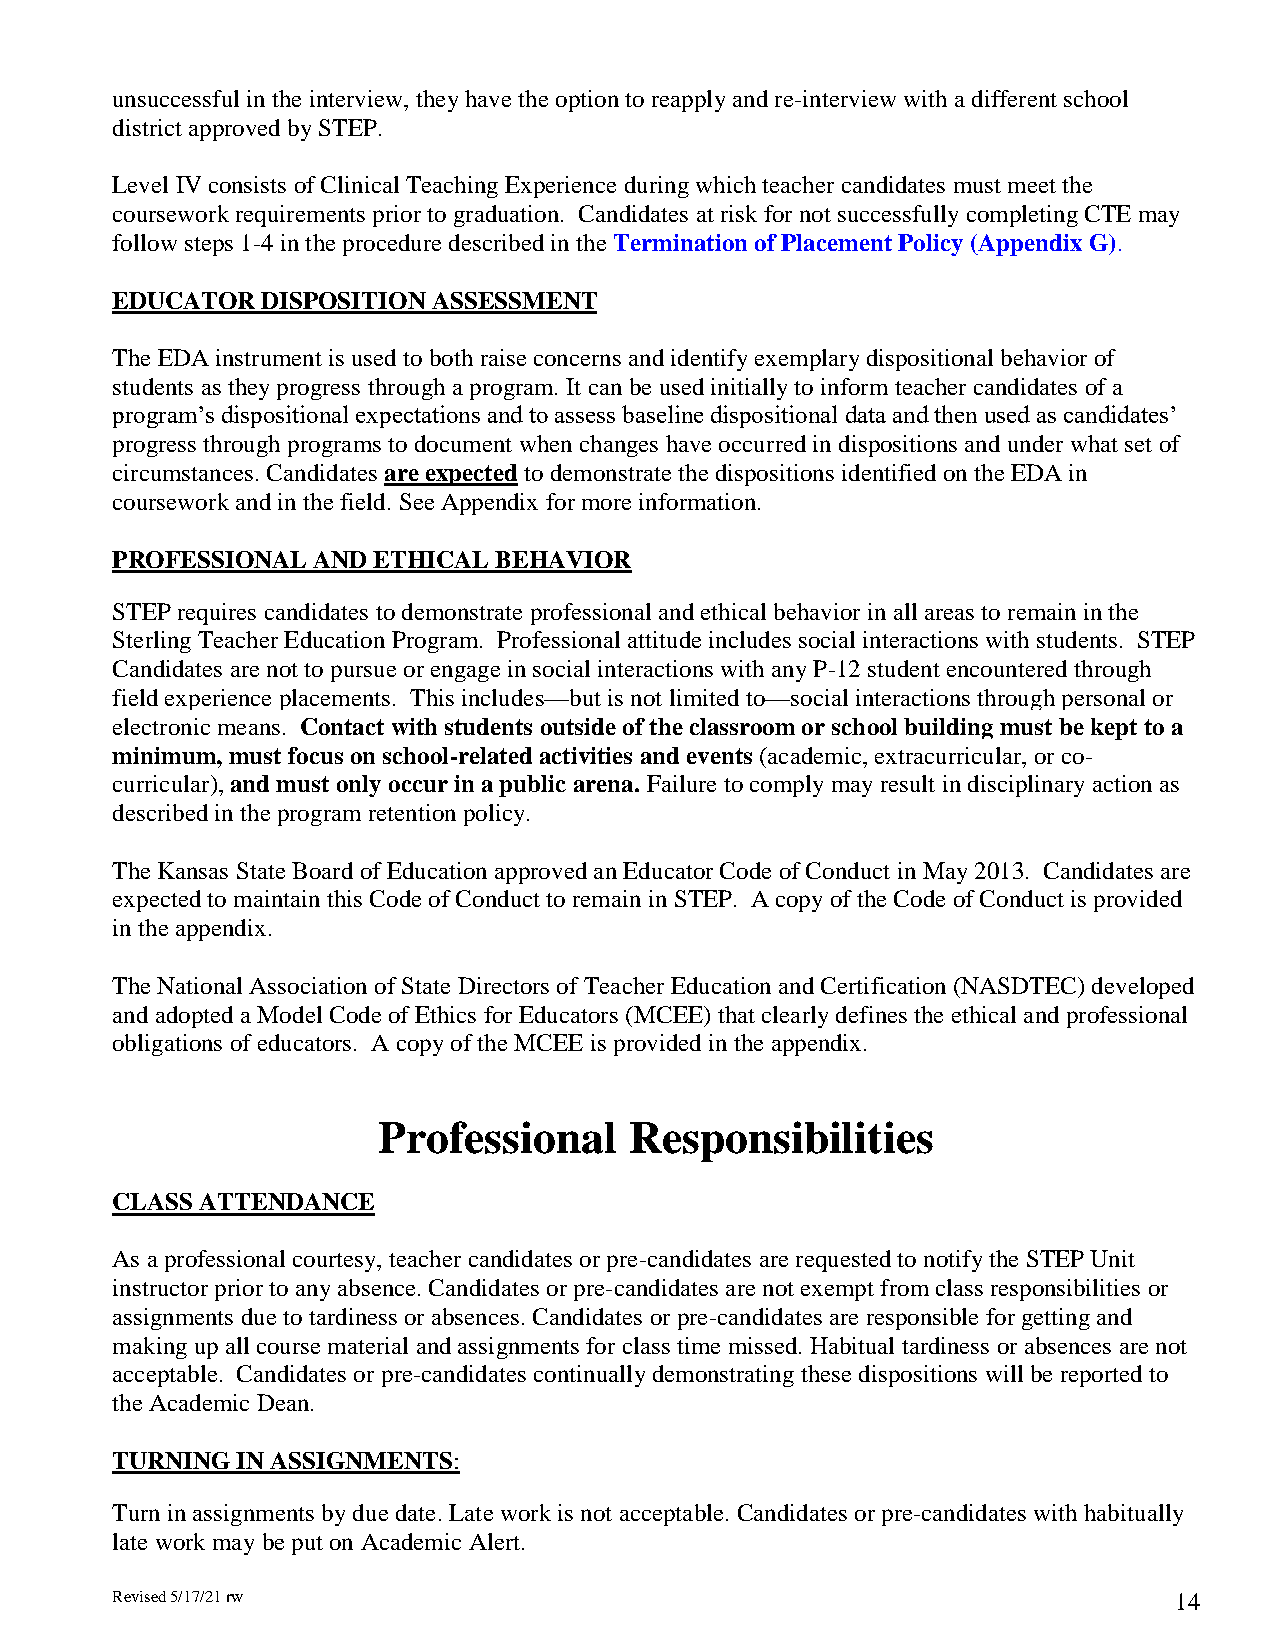
unsuccessful in the interview, they have the option to reapply and re-interview with a different school
 district approved by STEP.
 Level IV consists of Clinical Teaching Experience during which teacher candidates must meet the
 coursework requirements prior to graduation. Candidates at risk for not successfully completing CTE may
 follow steps 1-4 in the procedure described in the Termination of Placement Policy (Appendix G).
 EDUCATOR  DISPOSITION ASSESSMENT
 The EDA instrument is used to both raise concerns and identify exemplary dispositional behavior of
 students as they progress through a program. It can be used initially to inform teacher candidates of a
 program’s dispositional expectations and to assess baseline dispositional data and then used as candidates’
 progress through programs to document when changes have occurred in dispositions and under what set of
 circumstances. Candidates are expected to demonstrate the dispositions identified on the EDA in
 coursework and in the field. See Appendix for more information.
 PROFESSIONAL  AND ETHICAL BEHAVIOR
 STEP requires candidates to demonstrate professional and ethical behavior in all areas to remain in the
 Sterling Teacher Education Program. Professional attitude includes social interactions with students. STEP
 Candidates are not to pursue or engage in social interactions with any P-12 student encountered through
 field experience placements. This includes—but is not limited to—social interactions through personal or
 electronic means. Contact with students outside of the classroom or school building must be kept to a
 minimum, must focus on school-related activities and events (academic, extracurricular, or co-
 curricular), and must only occur in a public arena. Failure to comply may result in disciplinary action as
 described in the program retention policy.
 The Kansas State Board of Education approved an Educator Code of Conduct in May 2013. Candidates are
 expected to maintain this Code of Conduct to remain in STEP. A copy of the Code of Conduct is provided
 in the appendix.
 The National Association of State Directors of Teacher Education and Certification (NASDTEC) developed
 and adopted a Model Code of Ethics for Educators (MCEE) that clearly defines the ethical and professional
 obligations of educators. A copy of the MCEE is provided in the appendix.
 Professional     Responsibilities
 CLASS ATTENDANCE
 As a professional courtesy, teacher candidates or pre-candidates are requested to notify the STEP Unit
 instructor prior to any absence. Candidates or pre-candidates are not exempt from class responsibilities or
 assignments due to tardiness or absences. Candidates or pre-candidates are responsible for getting and
 making up all course material and assignments for class time missed. Habitual tardiness or absences are not
 acceptable. Candidates or pre-candidates continually demonstrating these dispositions will be reported to
 the Academic Dean.
 TURNING  IN ASSIGNMENTS:
 Turn in assignments by due date. Late work is not acceptable. Candidates or pre-candidates with habitually
 late work may be put on Academic Alert.
 Revised 5/17/21 rw                                                     14